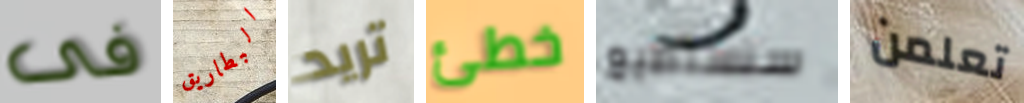
فى البطاريق تريد خطئ سنستطيع تعلمن